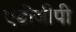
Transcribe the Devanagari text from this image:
एडीजीपी